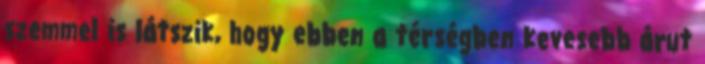
szemmel is látszik, hogy ebben a térségben kevesebb árut